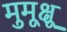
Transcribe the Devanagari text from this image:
मुमूक्षू